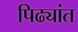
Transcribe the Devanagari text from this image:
पिढ्यांत